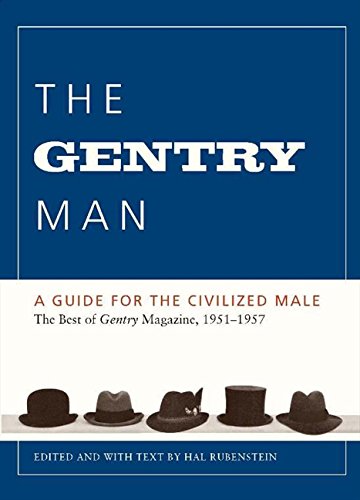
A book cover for The Gentry Man: A Guide for the Civilized Male; Hal Rubenstein; Health, Fitness & Dieting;